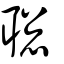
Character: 聦